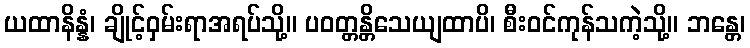
ယထာနိန္နံ၊ ချိုင့်ဝှမ်းရာအရပ်သို့။ ပဝတ္တန္တိသေယျထာပိ၊ စီးဝင်ကုန်သကဲ့သို့။ ဘန္တေ၊